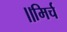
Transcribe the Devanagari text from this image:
॥मिर्च